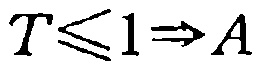
$T\leqslant 1\Rightarrow A$